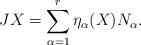
LaTeX: \begin{align*}JX=\sum_{\alpha=1}^r\eta_{\alpha}(X)N_{\alpha}.\end{align*}